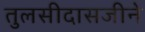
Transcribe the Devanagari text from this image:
तुलसीदासजीने